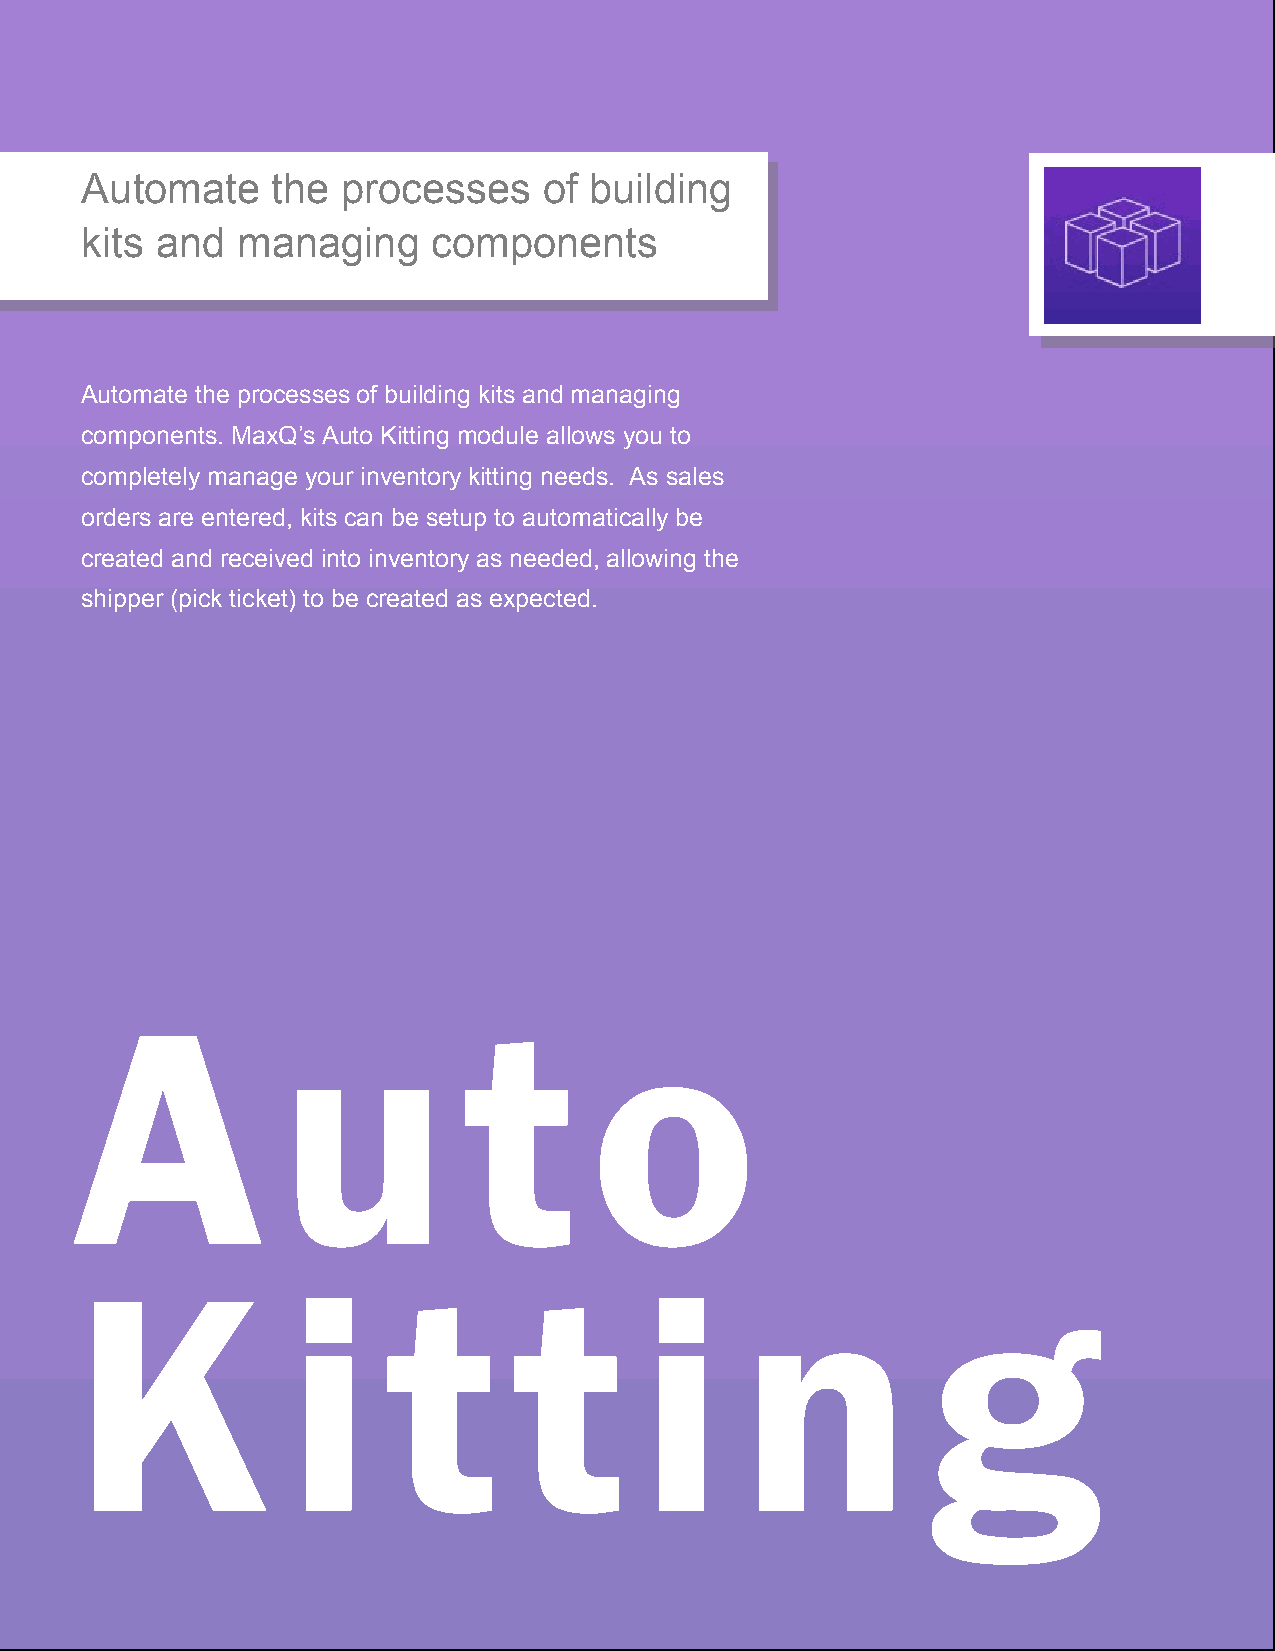
Automate     the  processes    of building
 kits and   managing     components
 Automate the processes of building kits and managing
 components. MaxQ’s Auto Kitting module allows you to
 completely manage your inventory kitting needs. As sales
 orders are entered, kits can be setup to automatically be
 created and received into inventory as needed, allowing the
 shipper (pick ticket) to be created as expected.
 A            u            t       o
 K             i      t       t       i      n           g